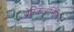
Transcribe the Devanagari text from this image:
थ्रेस्किऑर्निथिडे